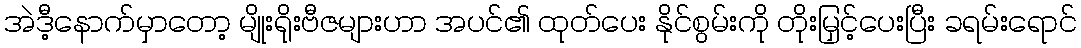
အဲဒီ့နောက်မှာတော့ မျိုးရိုးဗီဇများဟာ အပင်၏ ထုတ်ပေး နိုင်စွမ်းကို တိုးမြှင့်ပေးပြီး ခရမ်းရောင်